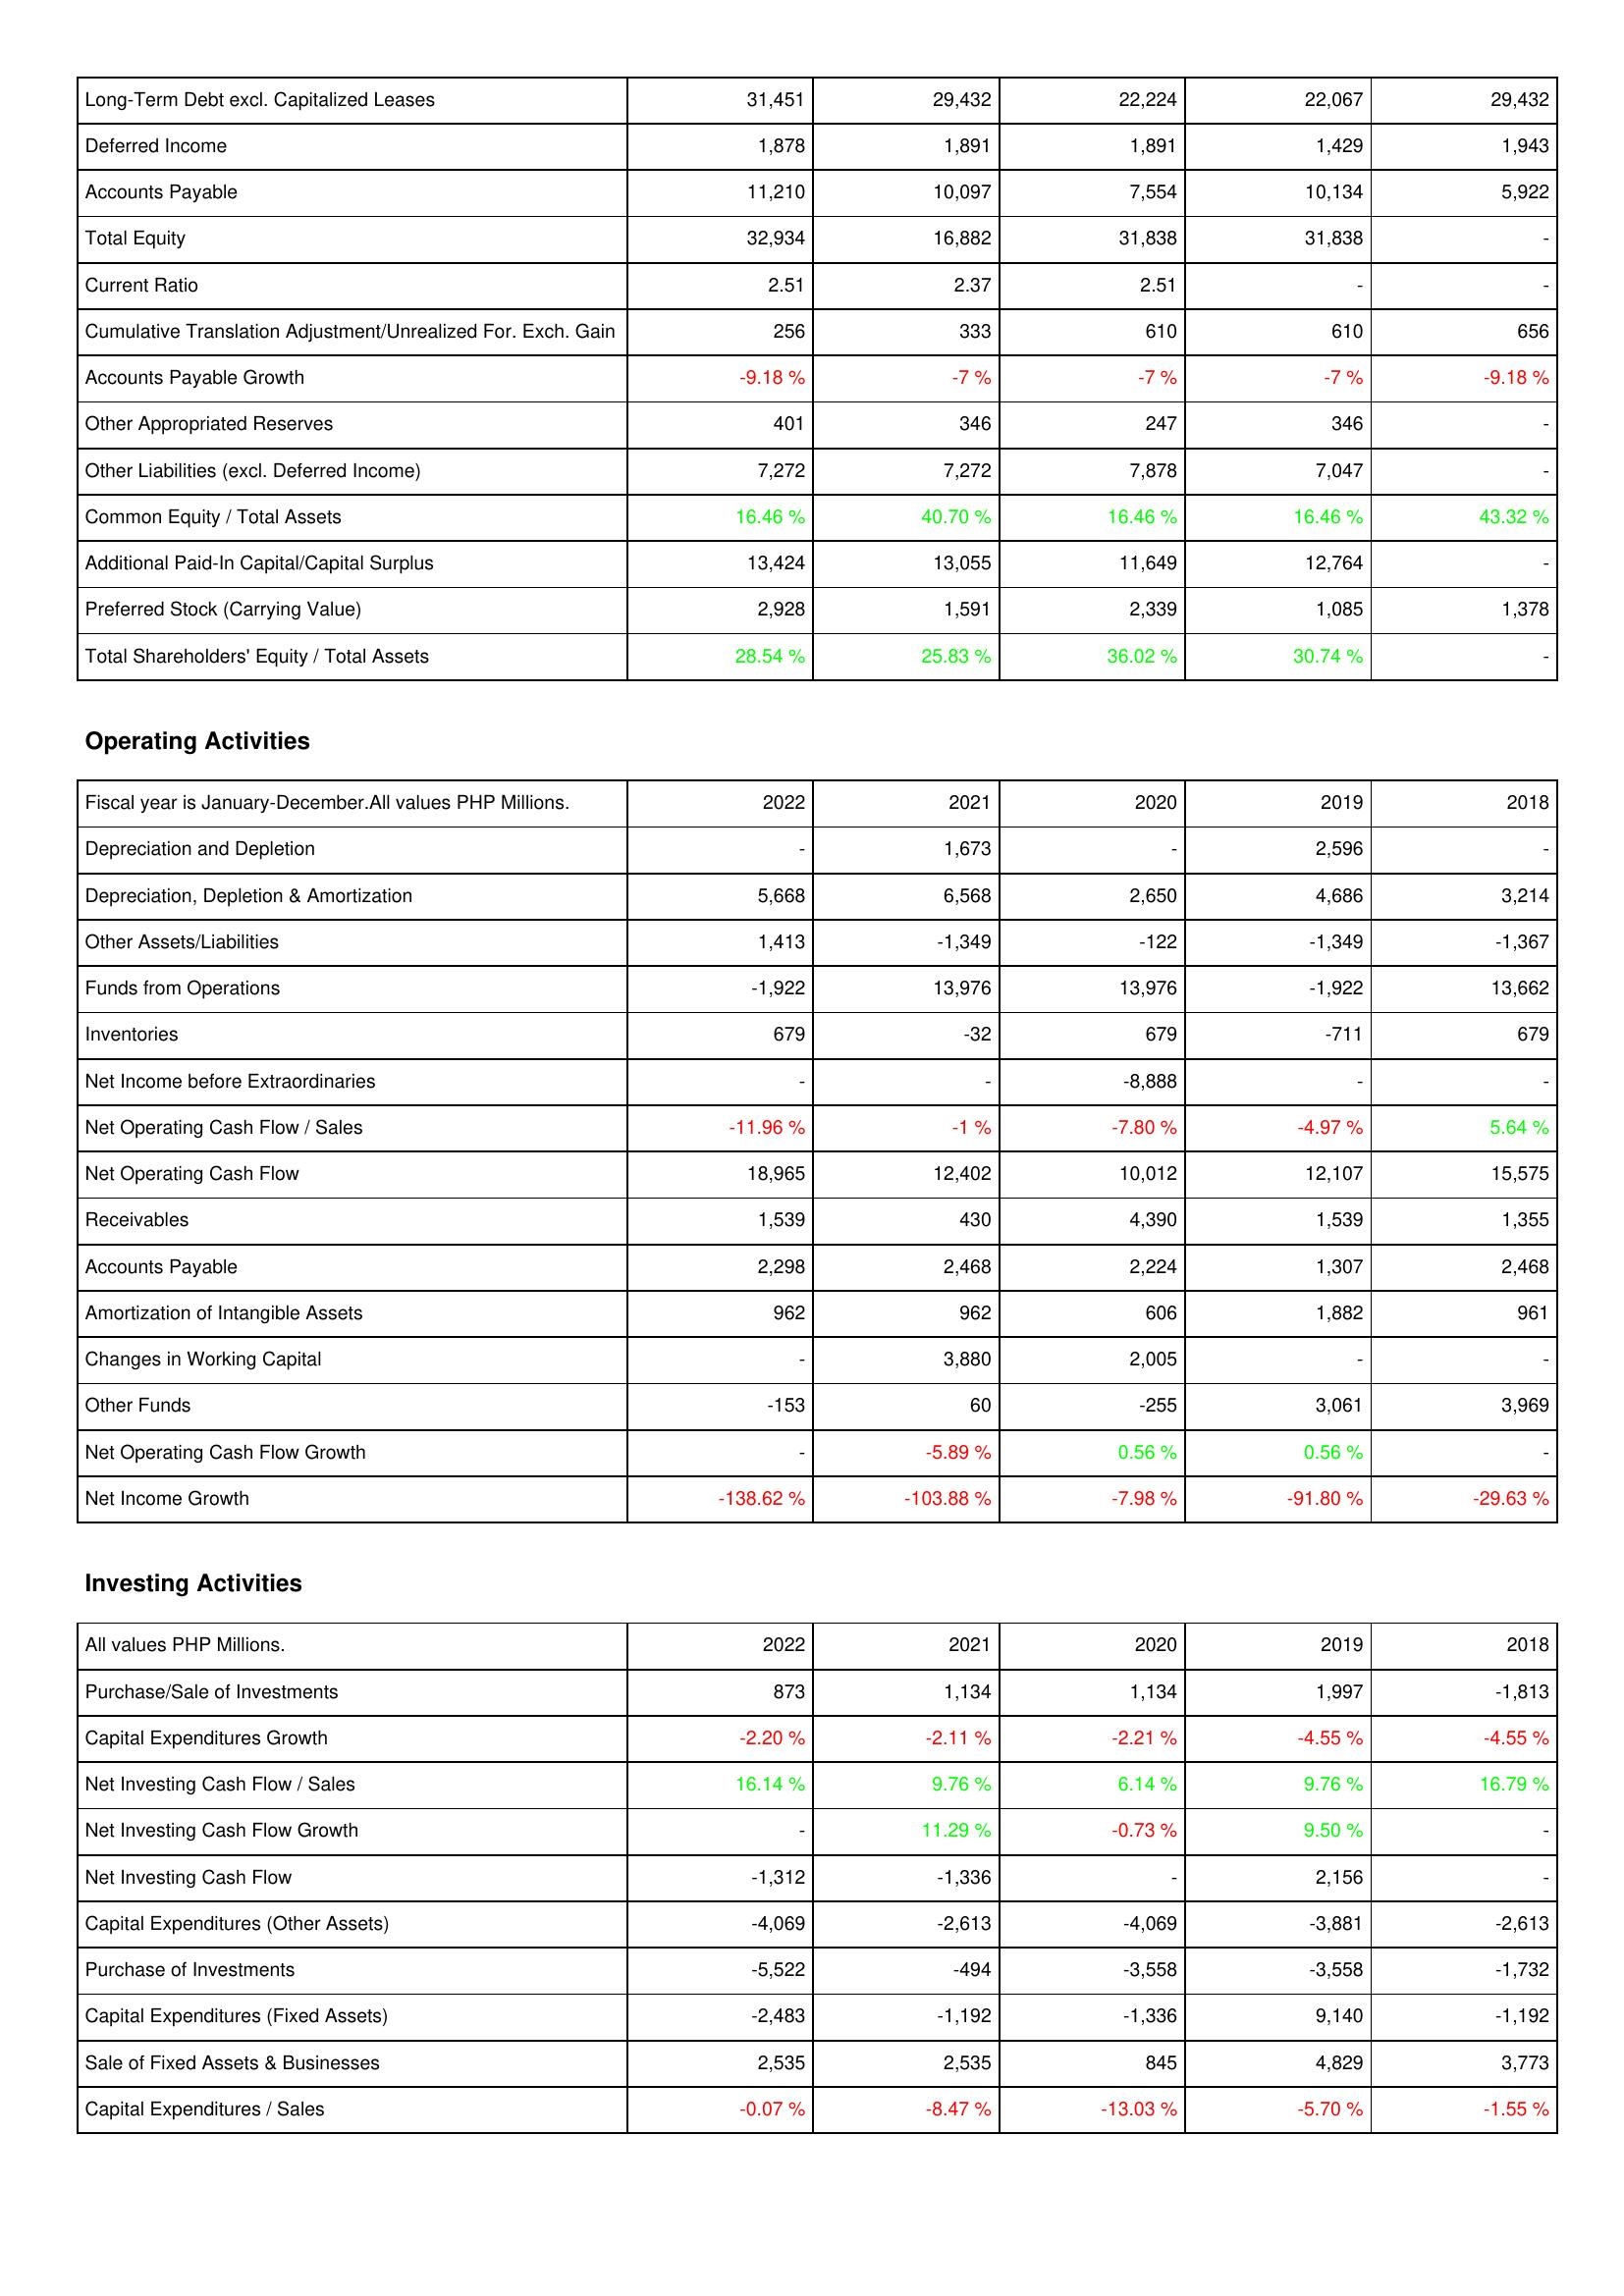
2022: Liabilities & Shareholders' Equity: Long-Term Debt excl. Capitalized Leases: 31,451
Deferred Income: 1,878
Accounts Payable: 11,210
Total Equity: 32,934
Current Ratio: 2.51
Cumulative Translation Adjustment/Unrealized For. Exch. Gain: 256
Accounts Payable Growth: -9.18 %
Other Appropriated Reserves: 401
Other Liabilities (excl. Deferred Income): 7,272
Common Equity / Total Assets: 16.46 %
Additional Paid-In Capital/Capital Surplus: 13,424
Preferred Stock (Carrying Value): 2,928
Total Shareholders' Equity / Total Assets: 28.54 %
Operating Activities: Depreciation and Depletion: -
Depreciation, Depletion & Amortization: 5,668
Other Assets/Liabilities: 1,413
Funds from Operations: -1,922
Inventories: 679
Net Income before Extraordinaries: -
Net Operating Cash Flow / Sales: -11.96 %
Net Operating Cash Flow: 18,965
Receivables: 1,539
Accounts Payable: 2,298
Amortization of Intangible Assets: 962
Changes in Working Capital: -
Other Funds: -153
Net Operating Cash Flow Growth: -
Net Income Growth: -138.62 %
Investing Activities: Purchase/Sale of Investments: 873
Capital Expenditures Growth: -2.20 %
Net Investing Cash Flow / Sales: 16.14 %
Net Investing Cash Flow Growth: -
Net Investing Cash Flow: -1,312
Capital Expenditures (Other Assets): -4,069
Purchase of Investments: -5,522
Capital Expenditures (Fixed Assets): -2,483
Sale of Fixed Assets & Businesses: 2,535
Capital Expenditures / Sales: -0.07 %
2021: Liabilities & Shareholders' Equity: Long-Term Debt excl. Capitalized Leases: 29,432
Deferred Income: 1,891
Accounts Payable: 10,097
Total Equity: 16,882
Current Ratio: 2.37
Cumulative Translation Adjustment/Unrealized For. Exch. Gain: 333
Accounts Payable Growth: -7 %
Other Appropriated Reserves: 346
Other Liabilities (excl. Deferred Income): 7,272
Common Equity / Total Assets: 40.70 %
Additional Paid-In Capital/Capital Surplus: 13,055
Preferred Stock (Carrying Value): 1,591
Total Shareholders' Equity / Total Assets: 25.83 %
Operating Activities: Depreciation and Depletion: 1,673
Depreciation, Depletion & Amortization: 6,568
Other Assets/Liabilities: -1,349
Funds from Operations: 13,976
Inventories: -32
Net Income before Extraordinaries: -
Net Operating Cash Flow / Sales: -1 %
Net Operating Cash Flow: 12,402
Receivables: 430
Accounts Payable: 2,468
Amortization of Intangible Assets: 962
Changes in Working Capital: 3,880
Other Funds: 60
Net Operating Cash Flow Growth: -5.89 %
Net Income Growth: -103.88 %
Investing Activities: Purchase/Sale of Investments: 1,134
Capital Expenditures Growth: -2.11 %
Net Investing Cash Flow / Sales: 9.76 %
Net Investing Cash Flow Growth: 11.29 %
Net Investing Cash Flow: -1,336
Capital Expenditures (Other Assets): -2,613
Purchase of Investments: -494
Capital Expenditures (Fixed Assets): -1,192
Sale of Fixed Assets & Businesses: 2,535
Capital Expenditures / Sales: -8.47 %
2020: Liabilities & Shareholders' Equity: Long-Term Debt excl. Capitalized Leases: 22,224
Deferred Income: 1,891
Accounts Payable: 7,554
Total Equity: 31,838
Current Ratio: 2.51
Cumulative Translation Adjustment/Unrealized For. Exch. Gain: 610
Accounts Payable Growth: -7 %
Other Appropriated Reserves: 247
Other Liabilities (excl. Deferred Income): 7,878
Common Equity / Total Assets: 16.46 %
Additional Paid-In Capital/Capital Surplus: 11,649
Preferred Stock (Carrying Value): 2,339
Total Shareholders' Equity / Total Assets: 36.02 %
Operating Activities: Depreciation and Depletion: -
Depreciation, Depletion & Amortization: 2,650
Other Assets/Liabilities: -122
Funds from Operations: 13,976
Inventories: 679
Net Income before Extraordinaries: -8,888
Net Operating Cash Flow / Sales: -7.80 %
Net Operating Cash Flow: 10,012
Receivables: 4,390
Accounts Payable: 2,224
Amortization of Intangible Assets: 606
Changes in Working Capital: 2,005
Other Funds: -255
Net Operating Cash Flow Growth: 0.56 %
Net Income Growth: -7.98 %
Investing Activities: Purchase/Sale of Investments: 1,134
Capital Expenditures Growth: -2.21 %
Net Investing Cash Flow / Sales: 6.14 %
Net Investing Cash Flow Growth: -0.73 %
Net Investing Cash Flow: -
Capital Expenditures (Other Assets): -4,069
Purchase of Investments: -3,558
Capital Expenditures (Fixed Assets): -1,336
Sale of Fixed Assets & Businesses: 845
Capital Expenditures / Sales: -13.03 %
2019: Liabilities & Shareholders' Equity: Long-Term Debt excl. Capitalized Leases: 22,067
Deferred Income: 1,429
Accounts Payable: 10,134
Total Equity: 31,838
Current Ratio: -
Cumulative Translation Adjustment/Unrealized For. Exch. Gain: 610
Accounts Payable Growth: -7 %
Other Appropriated Reserves: 346
Other Liabilities (excl. Deferred Income): 7,047
Common Equity / Total Assets: 16.46 %
Additional Paid-In Capital/Capital Surplus: 12,764
Preferred Stock (Carrying Value): 1,085
Total Shareholders' Equity / Total Assets: 30.74 %
Operating Activities: Depreciation and Depletion: 2,596
Depreciation, Depletion & Amortization: 4,686
Other Assets/Liabilities: -1,349
Funds from Operations: -1,922
Inventories: -711
Net Income before Extraordinaries: -
Net Operating Cash Flow / Sales: -4.97 %
Net Operating Cash Flow: 12,107
Receivables: 1,539
Accounts Payable: 1,307
Amortization of Intangible Assets: 1,882
Changes in Working Capital: -
Other Funds: 3,061
Net Operating Cash Flow Growth: 0.56 %
Net Income Growth: -91.80 %
Investing Activities: Purchase/Sale of Investments: 1,997
Capital Expenditures Growth: -4.55 %
Net Investing Cash Flow / Sales: 9.76 %
Net Investing Cash Flow Growth: 9.50 %
Net Investing Cash Flow: 2,156
Capital Expenditures (Other Assets): -3,881
Purchase of Investments: -3,558
Capital Expenditures (Fixed Assets): 9,140
Sale of Fixed Assets & Businesses: 4,829
Capital Expenditures / Sales: -5.70 %
2018: Liabilities & Shareholders' Equity: Long-Term Debt excl. Capitalized Leases: 29,432
Deferred Income: 1,943
Accounts Payable: 5,922
Total Equity: -
Current Ratio: -
Cumulative Translation Adjustment/Unrealized For. Exch. Gain: 656
Accounts Payable Growth: -9.18 %
Other Appropriated Reserves: -
Other Liabilities (excl. Deferred Income): -
Common Equity / Total Assets: 43.32 %
Additional Paid-In Capital/Capital Surplus: -
Preferred Stock (Carrying Value): 1,378
Total Shareholders' Equity / Total Assets: -
Operating Activities: Depreciation and Depletion: -
Depreciation, Depletion & Amortization: 3,214
Other Assets/Liabilities: -1,367
Funds from Operations: 13,662
Inventories: 679
Net Income before Extraordinaries: -
Net Operating Cash Flow / Sales: 5.64 %
Net Operating Cash Flow: 15,575
Receivables: 1,355
Accounts Payable: 2,468
Amortization of Intangible Assets: 961
Changes in Working Capital: -
Other Funds: 3,969
Net Operating Cash Flow Growth: -
Net Income Growth: -29.63 %
Investing Activities: Purchase/Sale of Investments: -1,813
Capital Expenditures Growth: -4.55 %
Net Investing Cash Flow / Sales: 16.79 %
Net Investing Cash Flow Growth: -
Net Investing Cash Flow: -
Capital Expenditures (Other Assets): -2,613
Purchase of Investments: -1,732
Capital Expenditures (Fixed Assets): -1,192
Sale of Fixed Assets & Businesses: 3,773
Capital Expenditures / Sales: -1.55 %